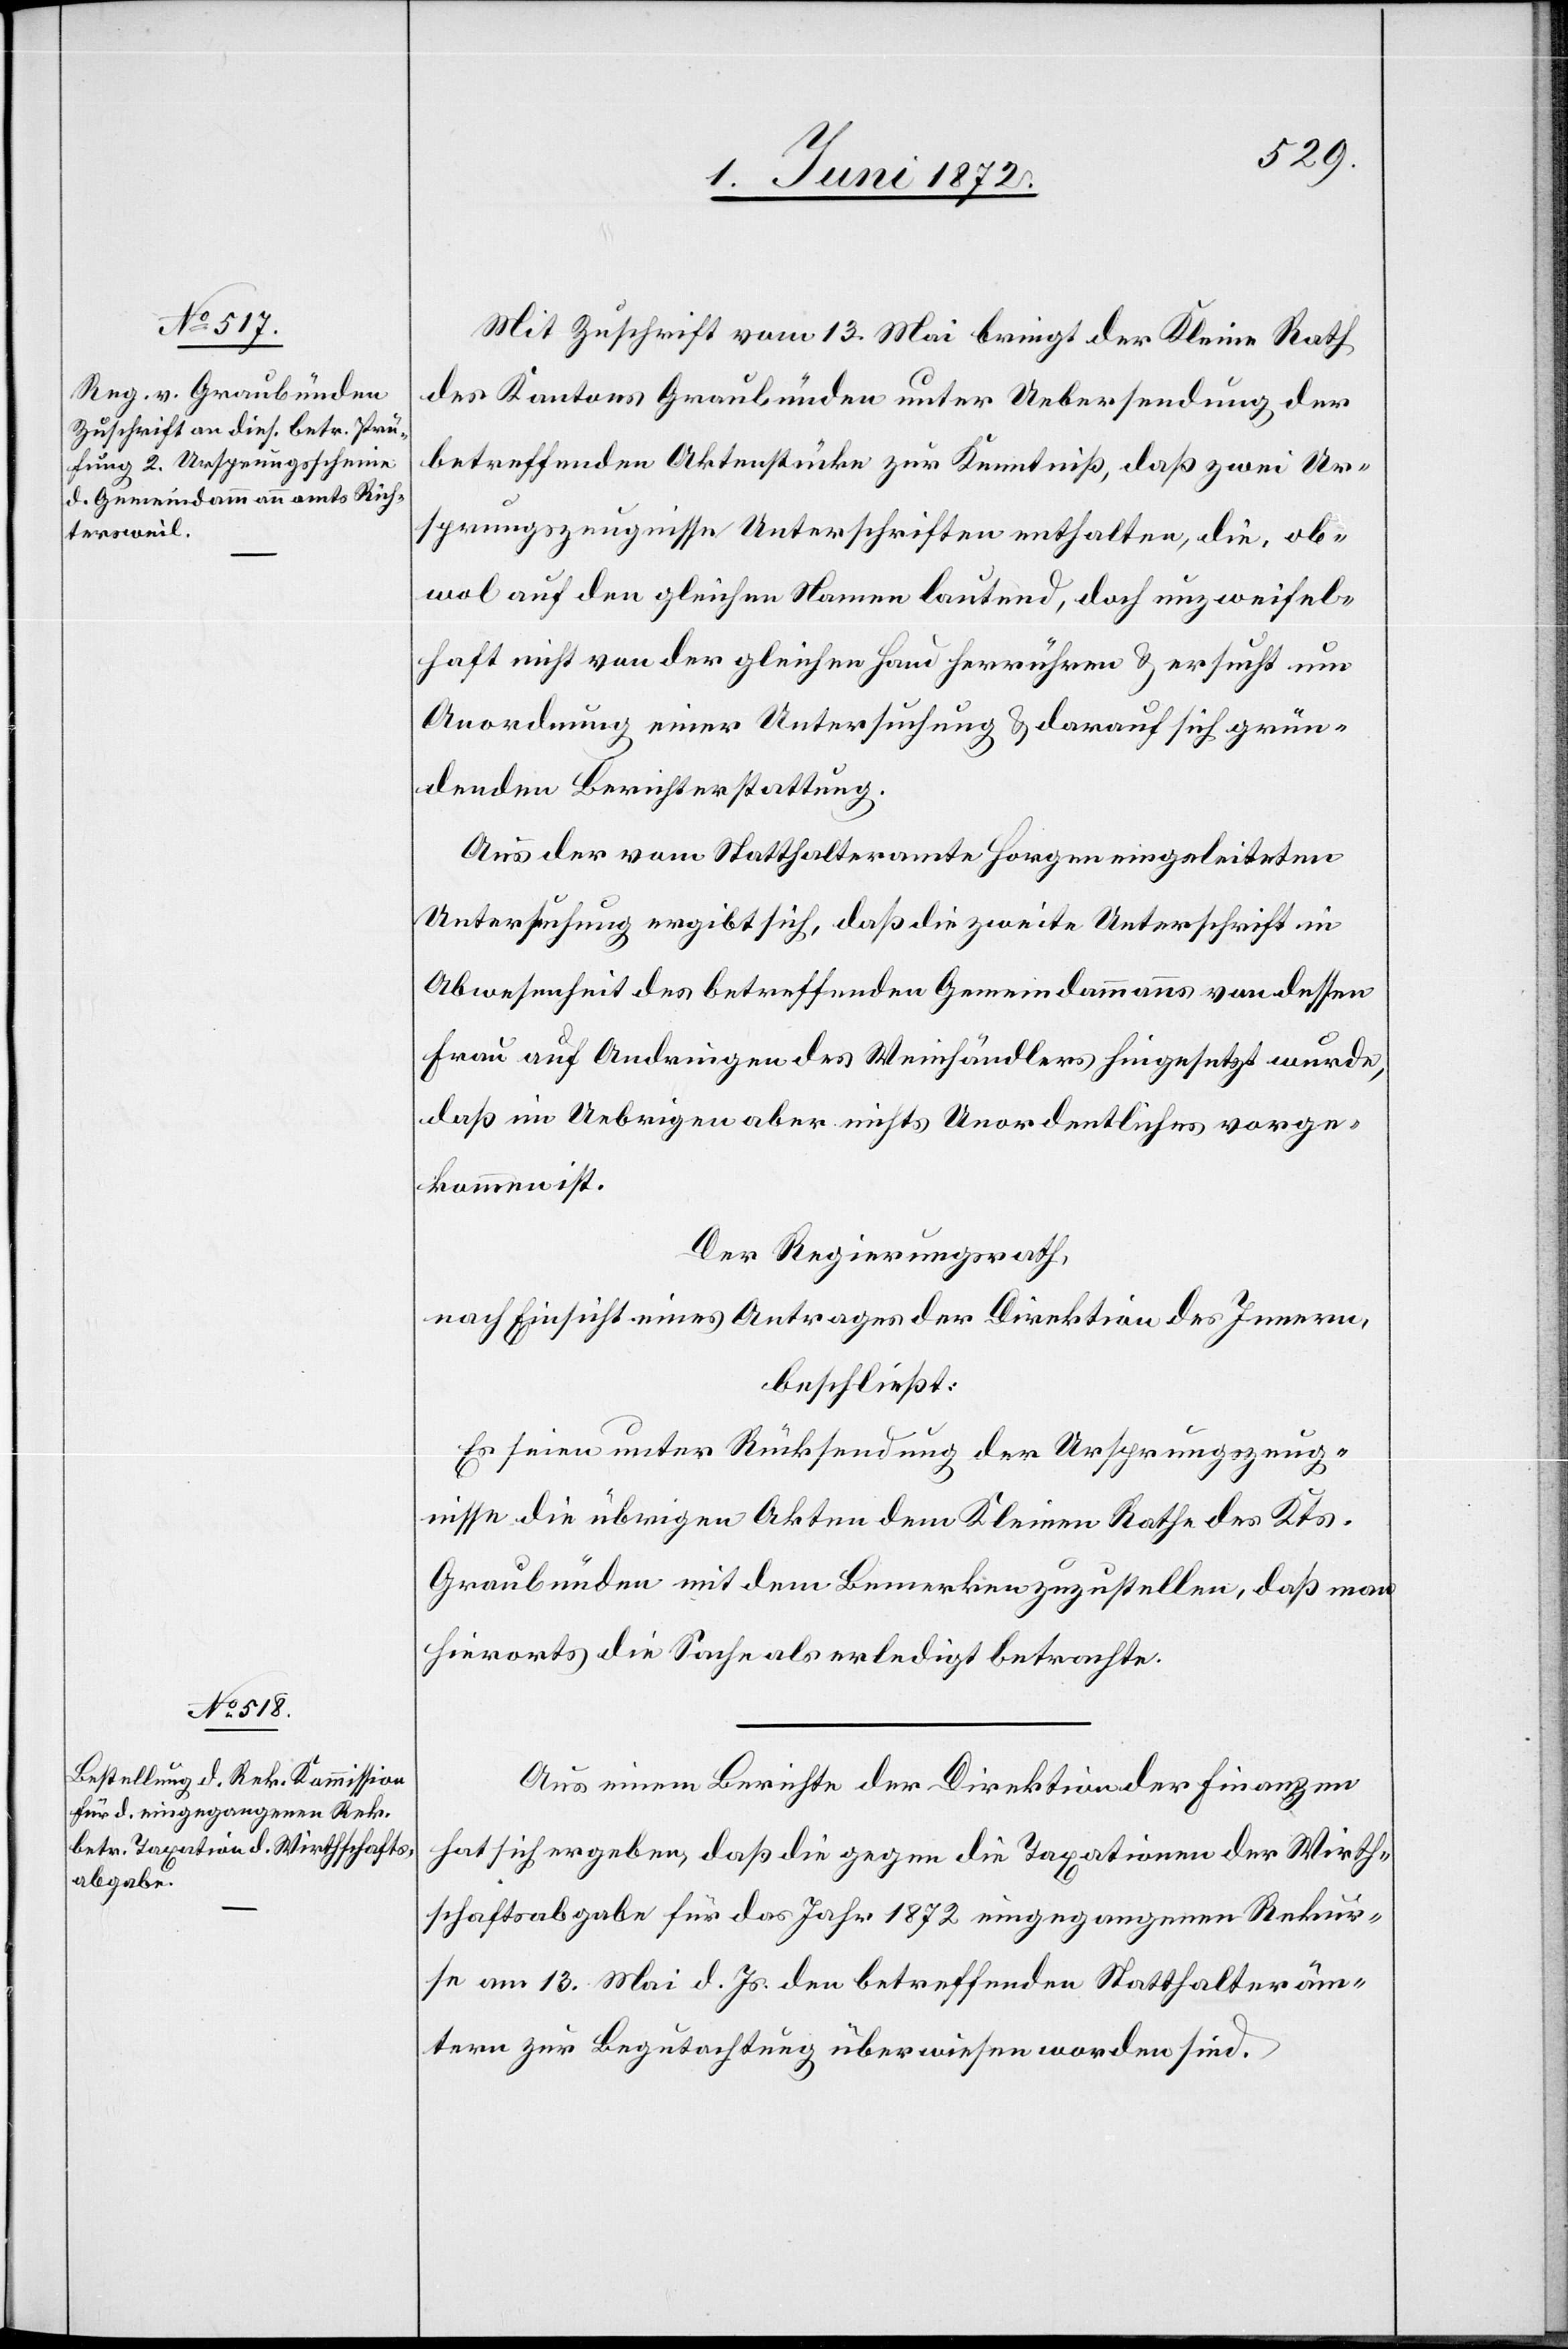
Mit Zuschrift vom 13. Mai bringt der Kleine Rath
des Kantons Graubünden unter Uebersendung der
betreffenden Aktenstücke zur Kenntniß, daß zwei Ur¬
sprungszeugnisse Unterschriften enthalten, die, ob¬
wol auf den gleichen Namen lautend, doch unzweifel¬
haft nicht von der gleichen Hand herrühren u. ersucht um
Anordnung einer Untersuchung u. darauf sich grün¬
denden Berichterstattung.
Aus der vom Statthalteramte Horgen eingeleiteten
Untersuchung ergibt sich, daß die zweite Unterschrift in
Abwesenheit des betreffenden Gemeindammanns von dessen
Frau auf Andringen des Weinhändlers hingesetzt wurde,
daß im Uebrigen aber nichts Unordentliches vorge¬
kommen ist.
Der Regierungsrath,
nach Einsicht eines Antrages der Direktion des Innern,
beschließt:
Es seien unter Rücksendung der Ursprungszeug¬
nisse die übrigen Akten dem Kleinen Rathe des Kts.
Graubünden mit dem Bemerken zuzustellen, daß man
hierorts die Sache als erledigt betrachte.
Aus einem Berichte der Direktion der Finanzen
hat sich ergeben, daß die gegen die Taxationen der Wirth¬
schaftsabgabe für das Jahr 1872 eingegangenen Rekur¬
se am 13. Mai d. Js. den betreffenden Statthalteräm¬
tern zur Begutachtung überwiesen worden sind.